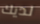
لديك